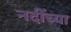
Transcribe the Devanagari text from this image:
नदींच्या